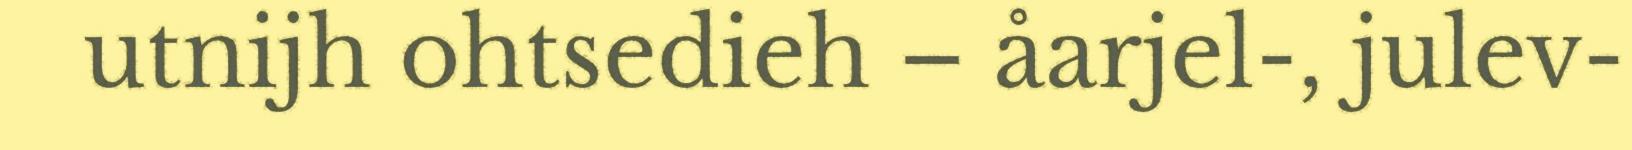
utnijh ohtsedieh – åarjel-, julev-